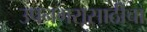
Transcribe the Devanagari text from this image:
उपनगरासाठीचा